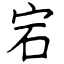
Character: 宕